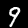
Label: 9